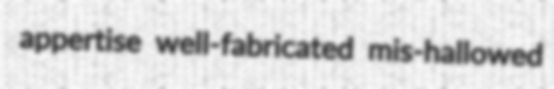
appertise well-fabricated mis-hallowed